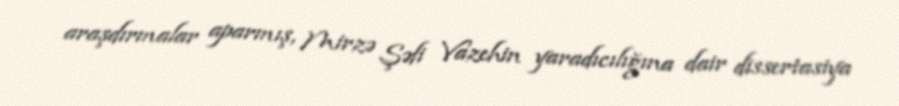
araşdırmalar aparmış, Mirzə Şəfi Vazehin yaradıcılığına dair dissertasiya